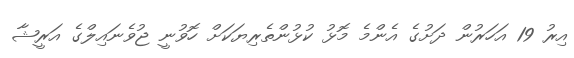
އިރު 19 އަހަރުން ދަށުގެ އެންމެ މޮޅު ކުޅުންތެރިޔަކަށް ހޮވުނީ ޖުވެނައިލްގެ އަރީޝާ